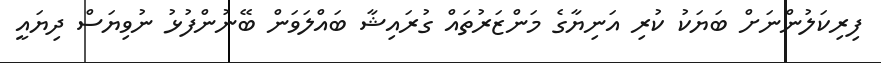
ފިރިކަލުންނަށް ބަޔަކު ކުރި އަނިޔާގެ މަންޒަރުތައް ގުރައިޝާ ބައްްލަވަން ބޭނުންފުޅު ނުވިޔަސް ދިޔައީ